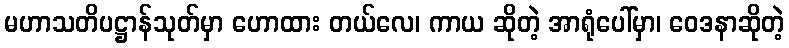
မဟာသတိပဋ္ဌာန်သုတ်မှာ ဟောထား တယ်လေ၊ ကာယ ဆိုတဲ့ အာရုံပေါ်မှာ၊ ဝေဒနာဆိုတဲ့